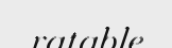
ratable